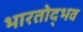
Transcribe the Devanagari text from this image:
भारतोद्भव